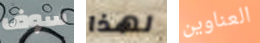
سوف لهذا العناوين